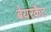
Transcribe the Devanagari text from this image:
बेयरकैट